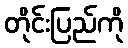
တိုင်းပြည်ကို